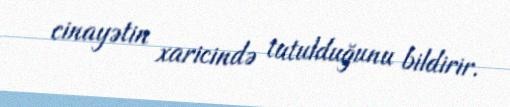
cinayətin xaricində tutulduğunu bildirir.